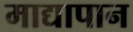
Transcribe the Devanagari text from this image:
माद्यापान